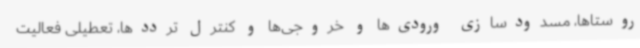
روستاها، مسدودسازی ورودی‌ها و خروجی‌ها و کنترل ترددها، تعطیلی فعالیت